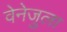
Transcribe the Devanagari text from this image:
वेनेजुला